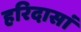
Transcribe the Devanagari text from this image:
हरिदासां